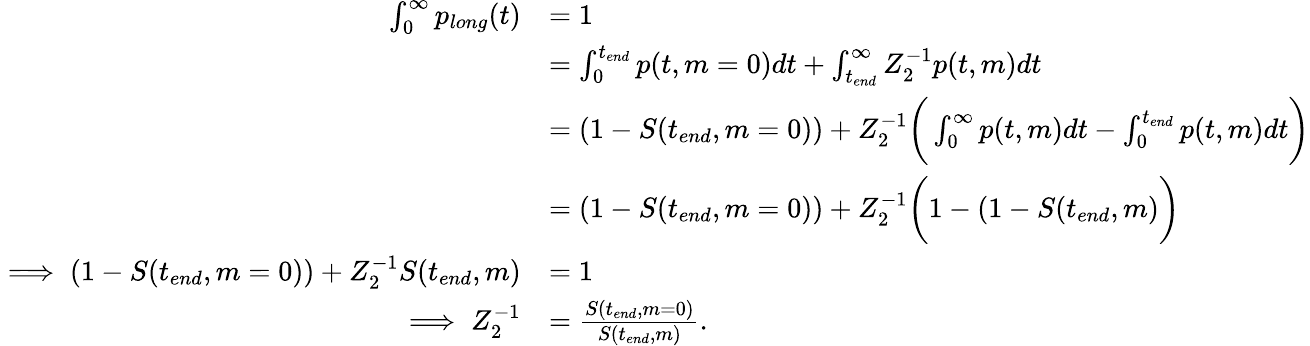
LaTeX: \begin{array}{rl}{\int_{0}^{\infty}p_{long}(t)}&{=1}\\ &{=\int_{0}^{t_{end}}p(t,m=0)dt+\int_{t_{end}}^{\infty}Z_{2}^{-1}p(t,m)dt}\\ &{=(1-S(t_{end},m=0))+Z_{2}^{-1}\bigg(\int_{0}^{\infty}p(t,m)dt-\int_{0}^{t_{end}}p(t,m)dt\bigg)}\\ &{=(1-S(t_{end},m=0))+Z_{2}^{-1}\bigg(1-(1-S(t_{end},m)\bigg)}\\ {\implies(1-S(t_{end},m=0))+Z_{2}^{-1}S(t_{end},m)}&{=1}\\ {\implies Z_{2}^{-1}}&{=\frac{S(t_{end},m=0)}{S(t_{end},m)}.}\end{array}